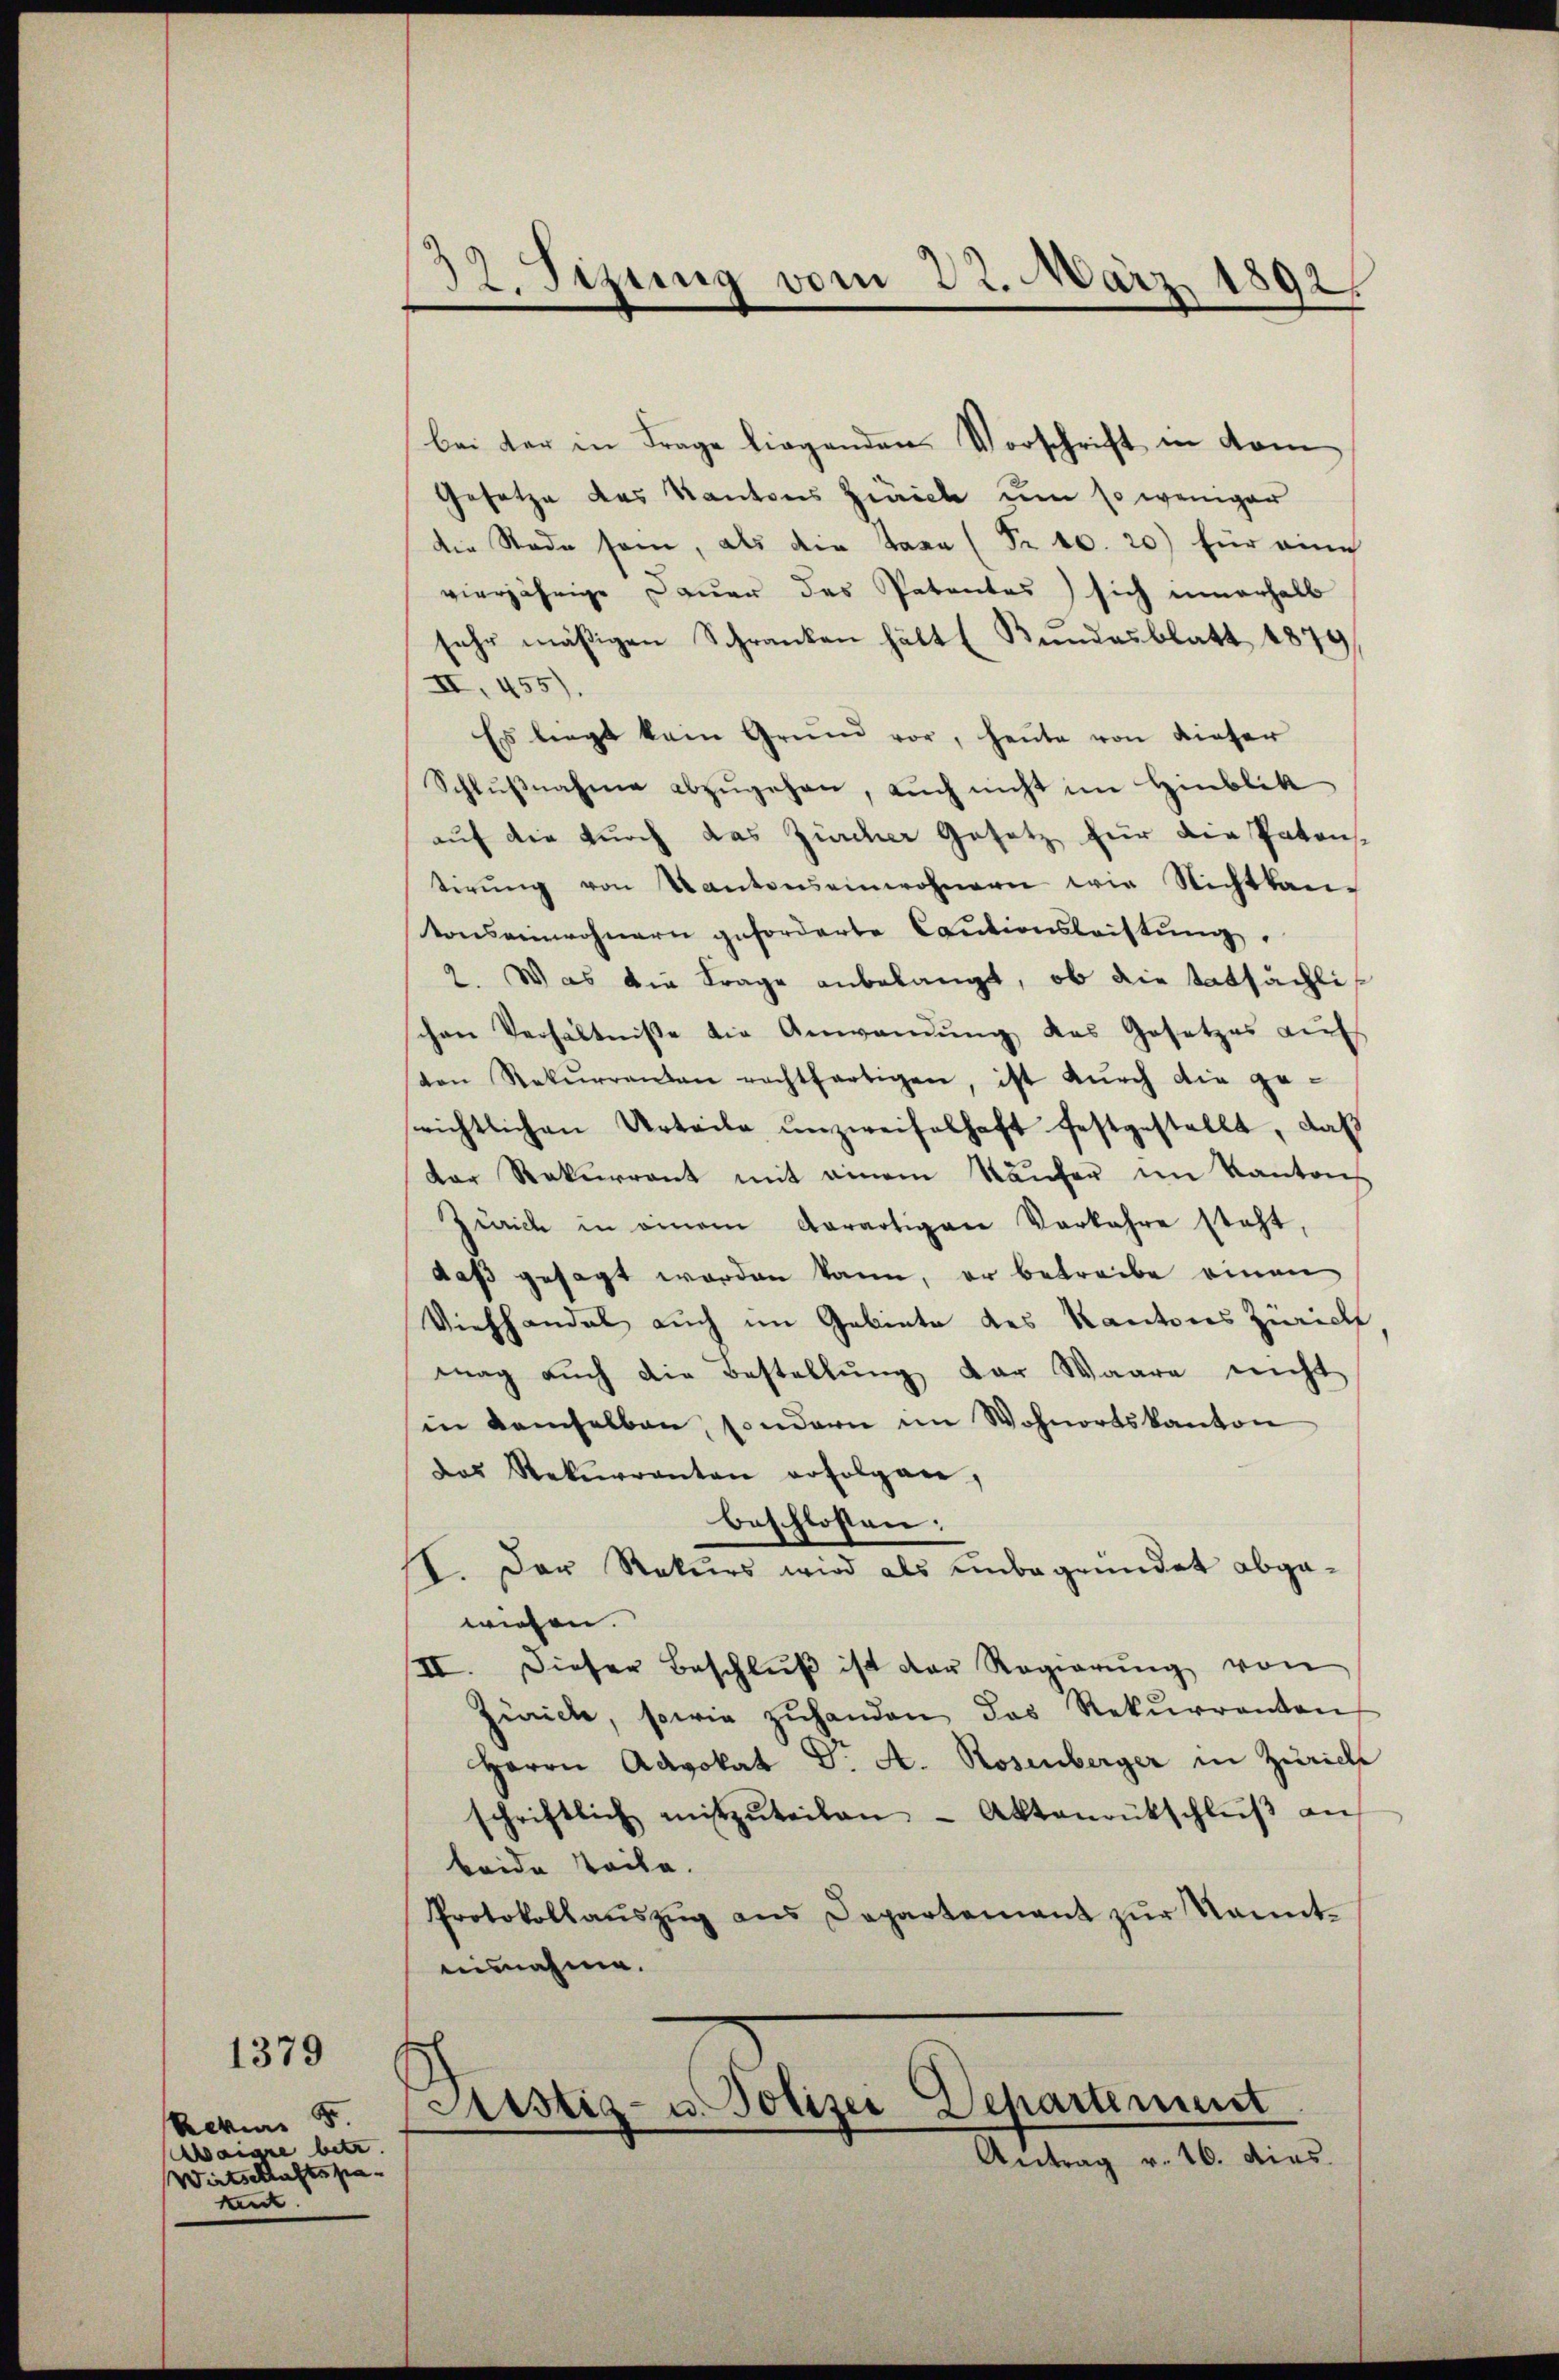
1379

Revue 5.
Waige betr.
Wirtschaftspakant.

32. Sitzung vom 22. März 1892.

bei der in Frage liegenden Vorschrift in dom
Gesetze des Kantons Zürich um so weniger
die Stade sein, als die Taxa (Nr. 10. 20) für eine
vierjährige Dauer des Patentes) sich innerhalb
sehr mäßigen Schranken hätte Bŭndesblatt 1879
II, 455).
Es liegt kein Grund vor, heute von dieser
Schlŭβnahme abzŭgehen, auch nicht im Hinblik
auf die durch das Zürcher Gesetz für die Patons-
tirŭng von Kantonseinwohnern wie Nichtkan-
tonseinwohnern geforderte Cautionsleistŭng.
2. Was die Frage anbelangt, ob die tatsächli
schen Verhältniße die Anwendŭng das Gesetzes auf
ven Rekŭrrenten rechtfertigen, ist dŭrch die ge-
richtlichen Urteile unzweifelhaft festgestellt, daß
der Rekurrent mit einem Käufer im Kantons
Zürich in einem Aerartigen Vorfahre steht,
daß gesagt worden kann, er betreibe einen
Viehhandel auch im Gebiete des Kantons Zürich
mag auch die Bestellŭng der Waare nicht
in demselben, sondern im Wohnortskanton
das Rekurrenten erfolgen,
beschlossen:
I. Der Rekurs wird als unbegründet abgawiesen.
II. Dieser Beschlŭβ ist der Regierŭng von
Zürich, sowie zŭhanden das Rekŭrrenten
Herrn Advokat Dr. A. Rosenberger in Zürich
schriftlich mitzŭteilen Aktenrütschlŭβ an
beide Teile.
Protokollaŭszŭg ans Departement zŭr Kennt-
ausnahme.

Astiz- u. Polizei Departement
Antrag v. 16. dies